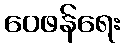
ဝေဖန်ရေး